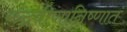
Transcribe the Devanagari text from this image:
रुद्रवीणानिष्णात